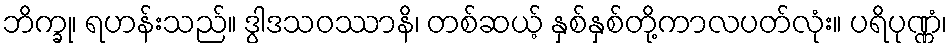
ဘိက္ခု၊ ရဟန်းသည်။ ဒွါဒသဝဿာနိ၊ တစ်ဆယ့် နှစ်နှစ်တို့ကာလပတ်လုံး။ ပရိပုဏ္ဏံ၊